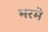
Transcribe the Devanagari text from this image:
भरमे